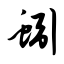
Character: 蚓